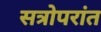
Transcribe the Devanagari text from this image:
सत्रोपरांत